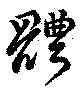
体